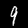
Label: 9